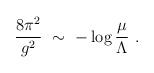
LaTeX: \begin{align*}\frac{8\pi^2}{g^2}\ \sim\ -\log\frac{\mu }\Lambda\ .\end{align*}